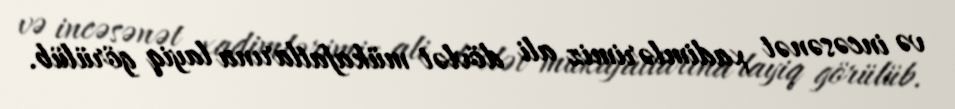
və incəsənət xadimlərimiz ali dövlət mükafatlarına layiq görülüb.